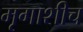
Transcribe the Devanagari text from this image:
मृगाशीच